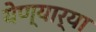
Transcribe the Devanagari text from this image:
येण्यार्या